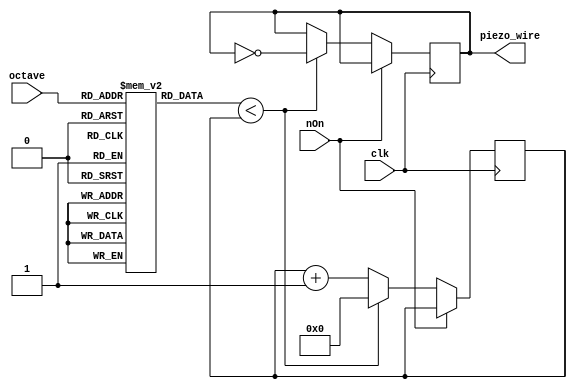
module piezoController #(parameter FRQ = 1_000_000)
                        (input[2:0] octave,
                         input nOn,
                         input clk,
                         output reg piezo_wire = 0);
    /* octave (Hz)
     do     re      mi      pa      so      la      si      do
     262    294     330     349     392     440     494     523
     */
    
    reg[29:0] cnt = 0;
    
    integer match_cnt [0:7];
    
    initial begin
        match_cnt[0] = FRQ / 262 / 2;
        match_cnt[1] = FRQ / 294 / 2;
        match_cnt[2] = FRQ / 330 / 2;
        match_cnt[3] = FRQ / 349 / 2;
        match_cnt[4] = FRQ / 392 / 2;
        match_cnt[5] = FRQ / 440 / 2;
        match_cnt[6] = FRQ / 494 / 2;
        match_cnt[7] = FRQ / 523 / 2;
    end
    
    always@(posedge clk)begin
        if (nOn == 0)begin
            if (match_cnt[octave] < cnt) begin
                piezo_wire <= ~piezo_wire;
                cnt        <= 0;
            end
            else begin
                cnt <= cnt+1;
            end
        end
    end
    
endmodule